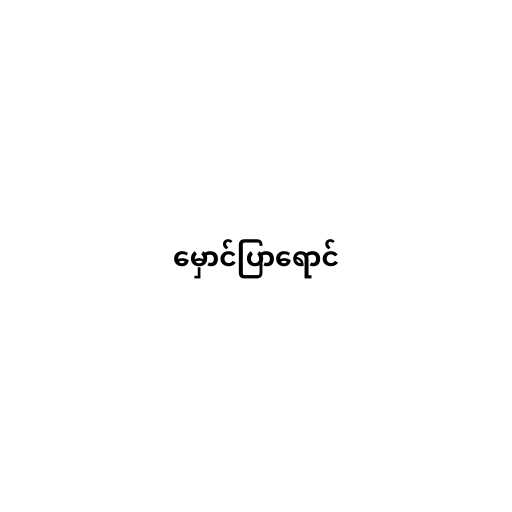
မှောင်ပြာရောင်